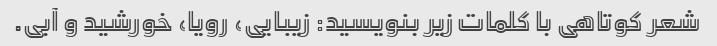
شعر کوتاهی با کلمات زیر بنویسید: زیبایی، رویا، خورشید و آبی.